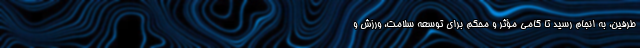
طرفین، به انجام رسید تا گامی مؤثر و محکم برای توسعه سلامت، ورزش و